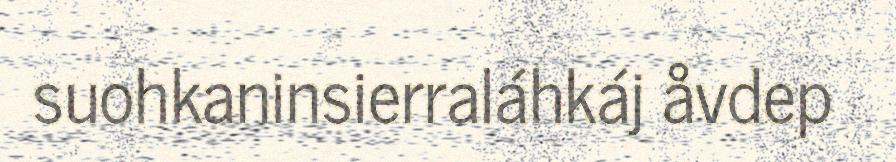
suohkaninsierraláhkáj åvdep